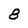
Character: 8